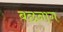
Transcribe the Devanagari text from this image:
बछनाग